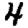
Digit: 4